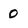
Character: 0